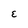
Character: E